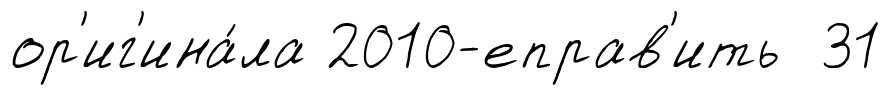
ор'иг'ина́ла 2010-еправ'ить 31